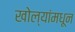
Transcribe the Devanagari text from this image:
खोल्यांमधून